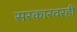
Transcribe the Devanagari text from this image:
सरकारवरही